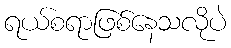
ရယ်စရာဖြစ်နေသလိုပဲ